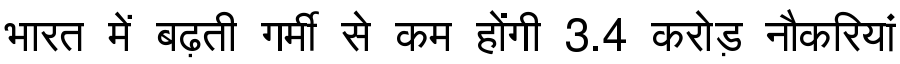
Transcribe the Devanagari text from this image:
भारत में बढ़ती गर्मी से कम होंगी 3.4 करोड़ नौकरियां